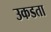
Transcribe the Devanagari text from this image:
उकडता